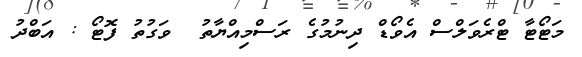
މަޓޯޓާ ޓްރެވަލްސް އެވޯޑް ދިނުމުގެ ރަސްމިއްޔާތު  ވަގުތު ފޮޓޯ : އަބްދު